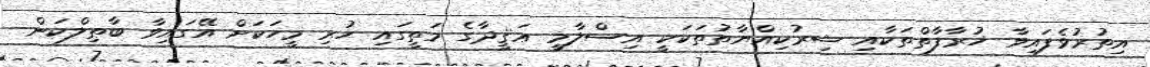
އިތުރުވެފައިވާ ޚުރާފާތްތަކާއި ޝިރުކިއްޔާތުތަކަކީ އިސްލާމީ ޢަޤީދާގެ މަތީގައި ހުރި މީހަކަށް އޭގައިވާ ބާޠިލްކަން